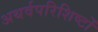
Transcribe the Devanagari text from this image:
अथर्वपरिशिष्टों